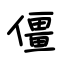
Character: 僵